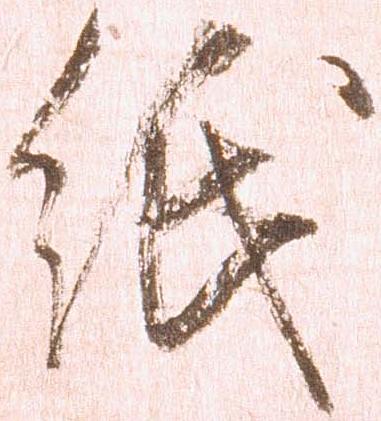
紙